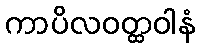
ကာပိလဝတ္ထဝါနံ